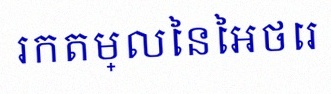
រកតម្លៃនៃអថេរ